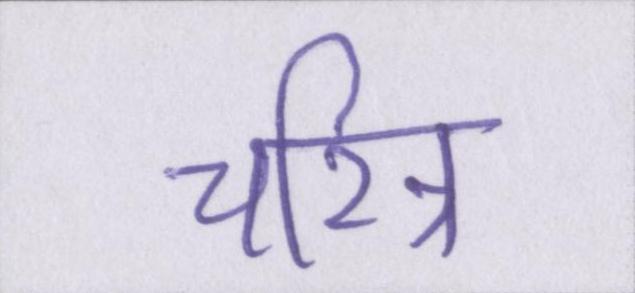
चरित्र